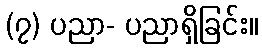
(၇) ပညာ- ပညာရှိခြင်း။